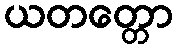
ယတတ္တော